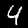
Label: 4